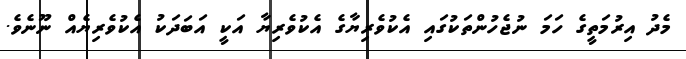
މެދު އިރުމަތީގެ ހަމަ ނުޖެހުންތަކުގައި އެކުވެރިޔާގެ އެކުވެރިޔާ އަކީ އަބަދަކު އެކުވެރިޔެއް ނޫނެވެ.